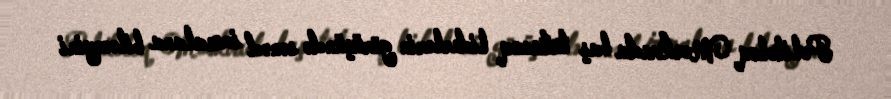
Politoloq Moskvada baş tutacaq liderlərin görüşündə sənəd imzalana biləcəyini